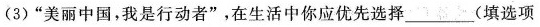
(3)”美丽中国，我是行动者”，在生活中你应优先选择___(填选项